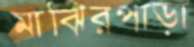
মাঝিরপাড়া